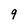
Character: 9